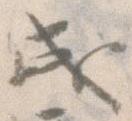
成